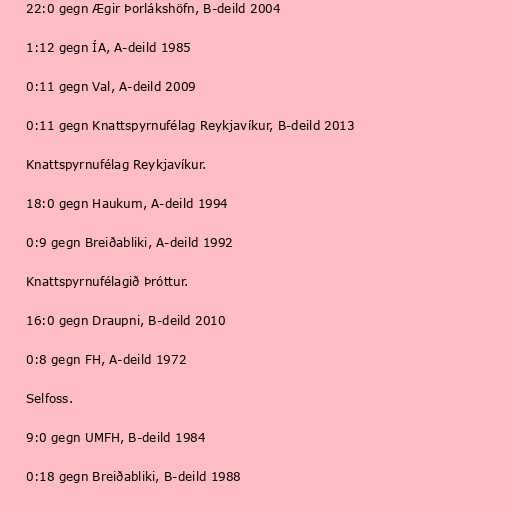
22:0 gegn Ægir Þorlákshöfn, B-deild 2004

1:12 gegn ÍA, A-deild 1985

0:11 gegn Val, A-deild 2009

0:11 gegn Knattspyrnufélag Reykjavíkur, B-deild 2013

Knattspyrnufélag Reykjavíkur.

18:0 gegn Haukum, A-deild 1994

0:9 gegn Breiðabliki, A-deild 1992

Knattspyrnufélagið Þróttur.

16:0 gegn Draupni, B-deild 2010

0:8 gegn FH, A-deild 1972

Selfoss.

9:0 gegn UMFH, B-deild 1984

0:18 gegn Breiðabliki, B-deild 1988